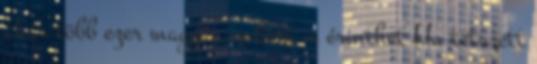
akár több ezer magyar embert is érinthet Ha tetszett